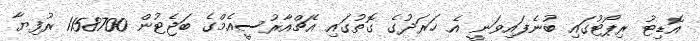
އޮޑިޓު ރިޕޯޓުގައި ބުނެފައިވަނީ އެ ޚަރަދުގެ ގޮތުގައި އެޗްއާރުސީއެމްގެ ބަޖެޓުން 1158700 ރުފިޔާ